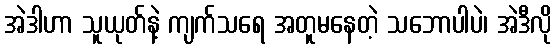
အဲဒါဟာ သူယုတ်နဲ့ ကျက်သရေ အတူမနေတဲ့ သဘောပါပဲ၊ အဲဒီလို